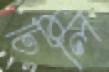
চিলি